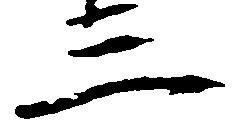
三